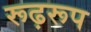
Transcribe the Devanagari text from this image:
रूढ़रूप